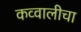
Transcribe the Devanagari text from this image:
कव्वालीचा